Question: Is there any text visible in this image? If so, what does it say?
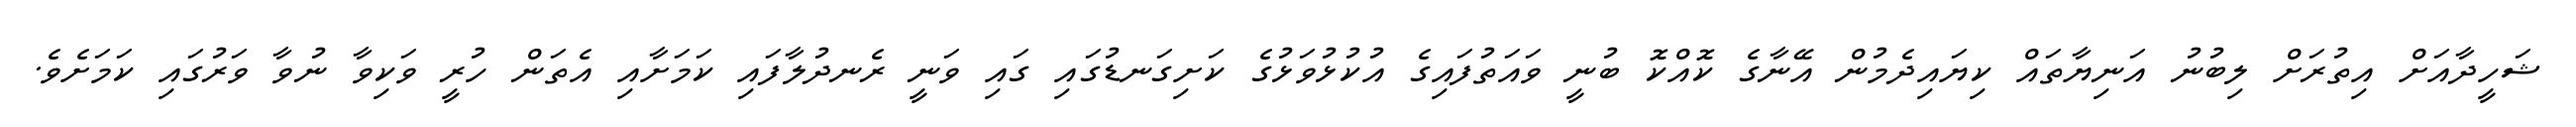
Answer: ޝަހީދާއަށް އިތުރަށް ލިބުނު އަނިޔާތައް ކިޔައިދެމުން އޭނާގެ ކޮއްކޮ ބުނީ ވައަތުފައިގެ އުކުޅުވަޅުގެ ކަށިގަނޑުގައި ގައި ވަނީ ރެނދުލާފައި ކަމަށާއި އެތަން ހުރީ ވަކިވާ ނުވާ ވަރުގައި ކަމަށެވެ.